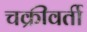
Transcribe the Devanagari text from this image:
चक्रीवर्ती